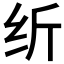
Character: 𱺓